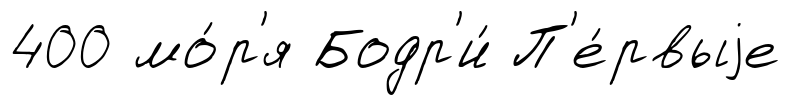
400 мо́р'я Бодр'и́ П'е́рвыjе